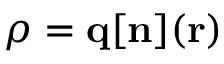
{ \boldsymbol \rho } = { \bf q } [ { \bf n } ] ( { \bf r } )